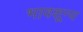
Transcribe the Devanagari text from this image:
भावशून्‍य